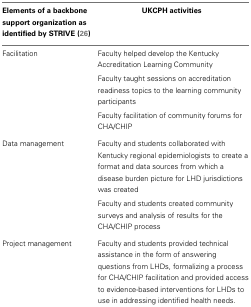
<table><thead><tr><td><b>Elements of a backbone support organization as identified by STRIVE (26)</b></td><td><b>UKCPH activities</b></td></tr></thead><tbody><tr><td>Facilitation</td><td>Faculty helped develop the Kentucky Accreditation Learning Community</td></tr><tr><td></td><td>Faculty taught sessions on accreditation readiness topics to the learning community participants</td></tr><tr><td></td><td>Faculty facilitation of community forums for CHA/CHIP</td></tr><tr><td>Data management</td><td>Faculty and students collaborated with Kentucky regional epidemiologists to create a format and data sources from which a disease burden picture for LHD jurisdictions was created</td></tr><tr><td></td><td>Faculty and students created community surveys and analysis of results for the CHA/CHIP process</td></tr><tr><td>Project management</td><td>Faculty and students provided technical assistance in the form of answering questions from LHDs, formalizing a process for CHA/CHIP facilitation and provided access to evidence-based interventions for LHDs to use in addressing identified health needs.</td></tr></tbody></table>